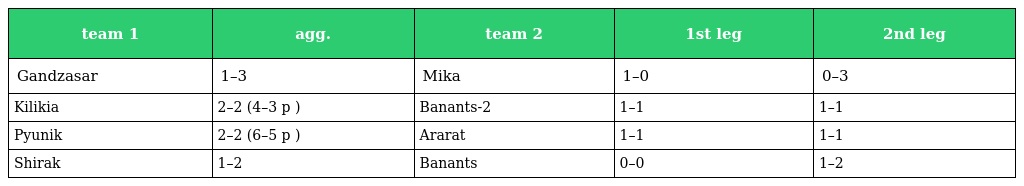
| team 1 | agg. | team 2 | 1st leg | 2nd leg |
 | --- | --- | --- | --- | --- |
 | Gandzasar | 1–3 | Mika | 1–0 | 0–3 |
 | Kilikia | 2–2 (4–3 p ) | Banants-2 | 1–1 | 1–1 |
 | Pyunik | 2–2 (6–5 p ) | Ararat | 1–1 | 1–1 |
 | Shirak | 1–2 | Banants | 0–0 | 1–2 |